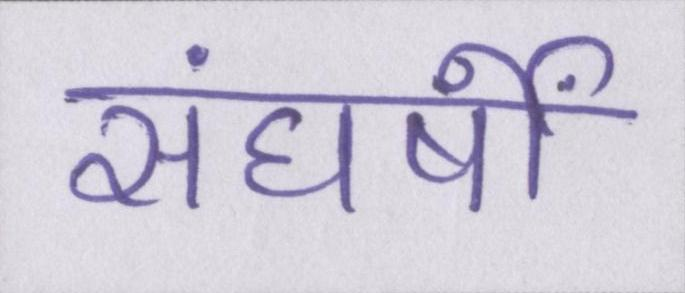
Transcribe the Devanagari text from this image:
संघर्षों